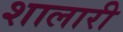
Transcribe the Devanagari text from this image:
शालारी